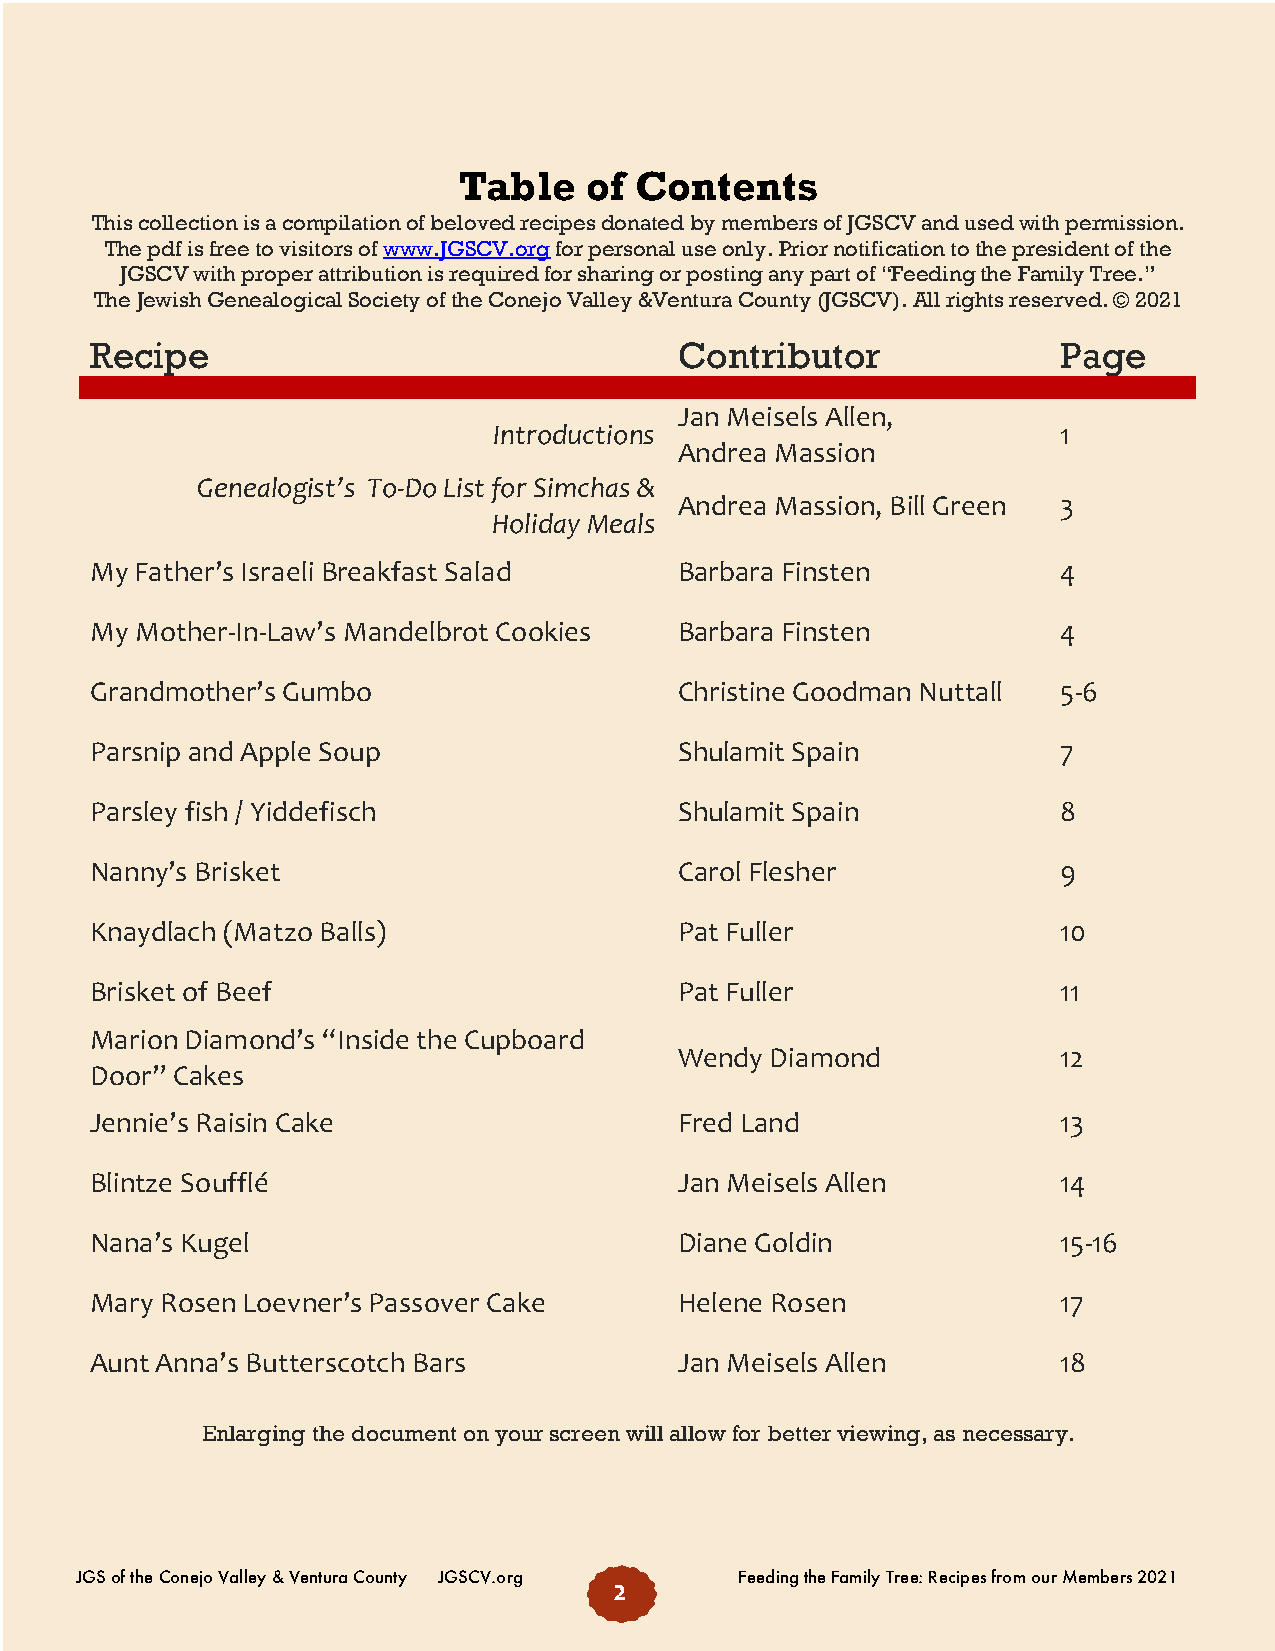
Table    of Contents
 This collection is a compilation of beloved recipes donated by members of JGSCV and used with permission.
 The pdf is free to visitors of www.JGSCV.org for personal use only. Prior notification to the president of the
 JGSCV with proper attribution is required for sharing or posting any part of “Feeding the Family Tree.”
 The Jewish Genealogical Society of the Conejo Valley &Ventura County (JGSCV). All rights reserved. © 2021
 Recipe                                 Contributor              Page
 Jan Meisels Allen,
 Introductions                        1
 Andrea Massion
 Genealogist’s To-Do List for Simchas &
 Andrea Massion, Bill Green 3
 Holiday Meals
 My Father’s Israeli Breakfast Salad    Barbara Finsten          4
 My Mother-In-Law’s Mandelbrot Cookies  Barbara Finsten          4
 Grandmother’s Gumbo                    Christine Goodman Nuttall 5-6
 Parsnip and Apple Soup                 Shulamit Spain           7
 Parsley fish / Yiddefisch              Shulamit Spain           8
 Nanny’s Brisket                        Carol Flesher            9
 Knaydlach (Matzo Balls)                Pat Fuller               10
 Brisket of Beef                        Pat Fuller               11
 Marion Diamond’s “Inside the Cupboard
 Wendy Diamond            12
 Door” Cakes
 Jennie’s Raisin Cake                   Fred Land                13
 Blintze Soufflé                        Jan Meisels Allen        14
 Nana’s Kugel                           Diane Goldin             15-16
 Mary Rosen Loevner’s Passover Cake     Helene Rosen             17
 Aunt Anna’s Butterscotch Bars          Jan Meisels Allen        18
 Enlarging the document on your screen will allow for better viewing, as necessary.
 JGS of the Conejo Valley & Ventura County JGSCV.org Feeding the Family Tree: Recipes from our Members 2021
 2